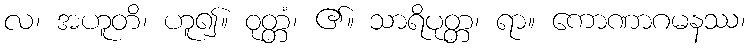
လ၊ အဟူတိ၊ ဟူ၍။ ဝုတ္တံ၊ ၏။ သာရိပုတ္တ၊ ရာ။ ကောဏာဂမနဿ၊